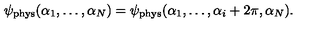
\psi _ { \mathrm { p h y s } } ( \alpha _ { 1 } , \ldots , \alpha _ { N } ) = \psi _ { \mathrm { p h y s } } ( \alpha _ { 1 } , \ldots , \alpha _ { i } + 2 \pi , \alpha _ { N } ) .